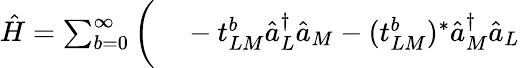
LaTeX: \begin{array}{rl}{\hat{H}=\sum_{b=0}^{\infty}\bigg(}&{{}-t_{LM}^{b}\hat{a}_{L}^{\dagger}\hat{a}_{M}-(t_{LM}^{b})^{*}\hat{a}_{M}^{\dagger}\hat{a}_{L}}\end{array}